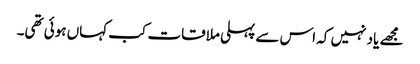
مجھے یاد نہیں کہ اس سے پہلی ملاقات کب کہاں ہوئی تھی۔